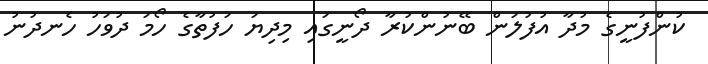
ކުންފުނީގެ މުދާ އުފުލަން ބޭނުންކުރާ ދޯނީގައި މިދިޔަ ހަފުތާގެ ހޯމަ ދުވަހު ހެނދުނު